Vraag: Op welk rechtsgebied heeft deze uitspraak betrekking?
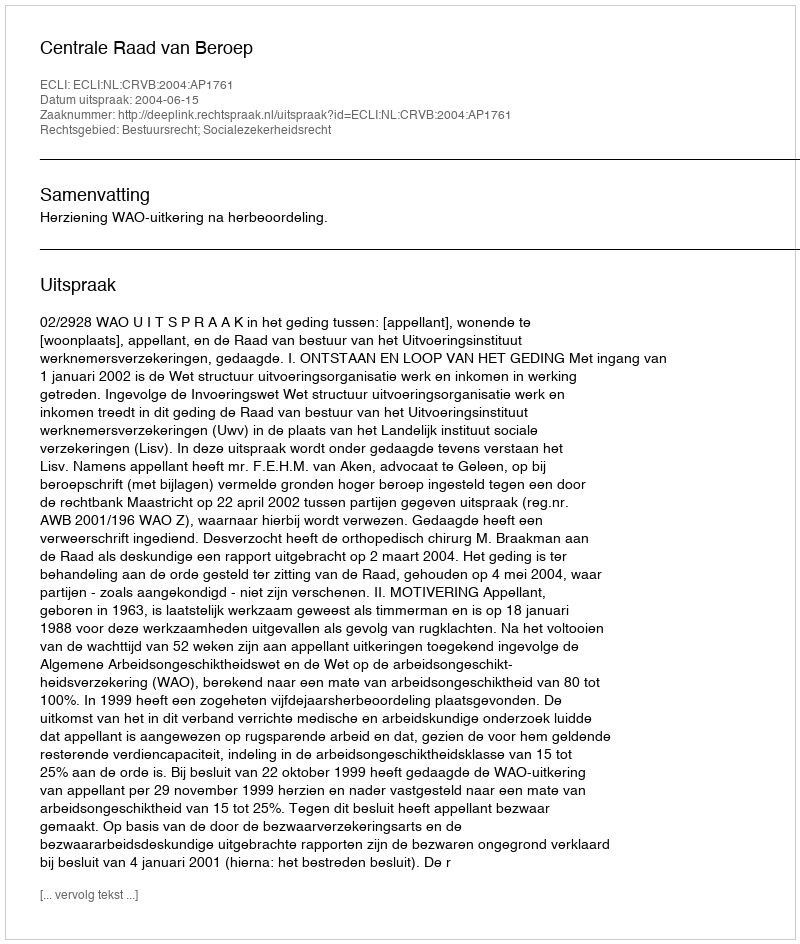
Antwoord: Bestuursrecht; Socialezekerheidsrecht